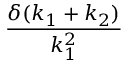
\frac { \delta ( k _ { 1 } + k _ { 2 } ) } { k _ { 1 } ^ { 2 } }